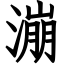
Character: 漰